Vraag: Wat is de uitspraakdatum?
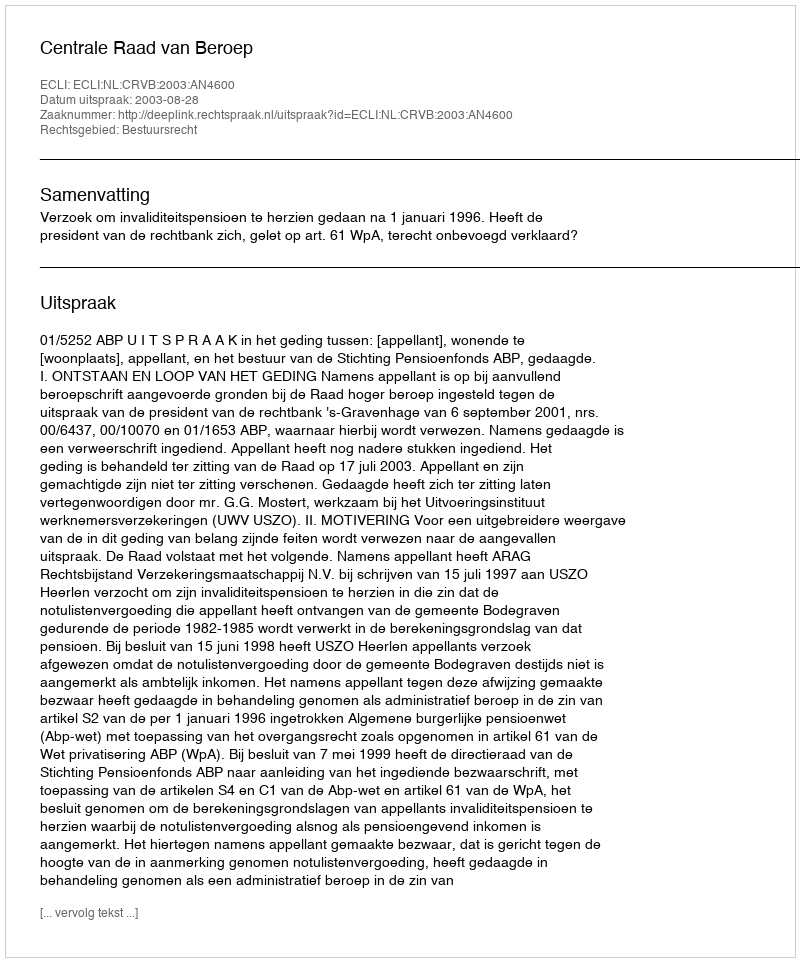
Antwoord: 2003-08-28